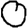
Digit: 0